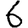
Digit: 6